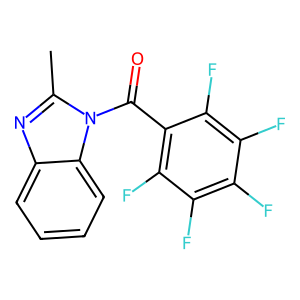
SMILES: Cc1nc2ccccc2n1C(=O)c1c(F)c(F)c(F)c(F)c1F
Inhibits HIV replication: No